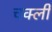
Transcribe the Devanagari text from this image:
चक्ली